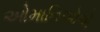
ઓમાનિઓએ